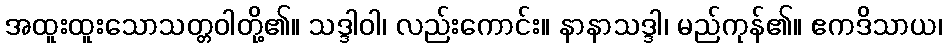
အထူးထူးသောသတ္တဝါတို့၏။ သဒ္ဒါဝါ၊ လည်းကောင်း။ နာနာသဒ္ဒါ၊ မည်ကုန်၏။ ဧကဒိသာယ၊